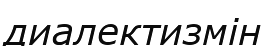
диалектизмін